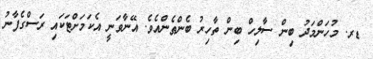
ޑރ. މުހަންމަދު ބިން ސާލިހް ބިން ތާހިރު ބެންޠެންއެވެ. އޭނާވަނީ އެކަމަށްޓަކައި ރަސްގެފާނު